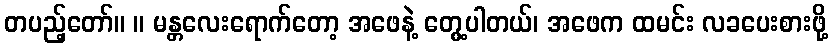
တပည့်တော်။ ။ မန္တလေးရောက်တော့ အဖေနဲ့ တွေ့ပါတယ်၊ အဖေက ထမင်း လခပေးစားဖို့